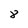
Character: 8